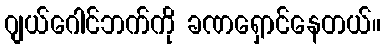
ဂျယ်ဂေါင်ဘက်ကို ခဏရှောင်နေတယ်။